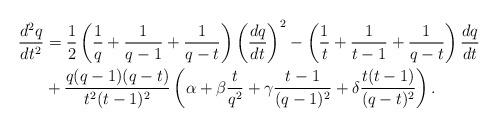
LaTeX: \begin{align*}\frac{d^2q}{dt^2}&=\frac 12\left(\frac 1q+\frac 1{q-1}+\frac 1{q-t}\right)\left(\frac{dq}{dt}\right)^2-\left(\frac 1t+\frac 1{t-1}+\frac 1{q-t}\right)\frac{dq}{dt}\\ &+\frac{q(q-1)(q-t)}{t^2(t-1)^2}\left(\alpha+\beta\frac t{q^2}+\gamma\frac{t-1}{(q-1)^2}+\delta\frac{t(t-1)}{(q-t)^2}\right).\end{align*}